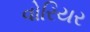
વોરિયર